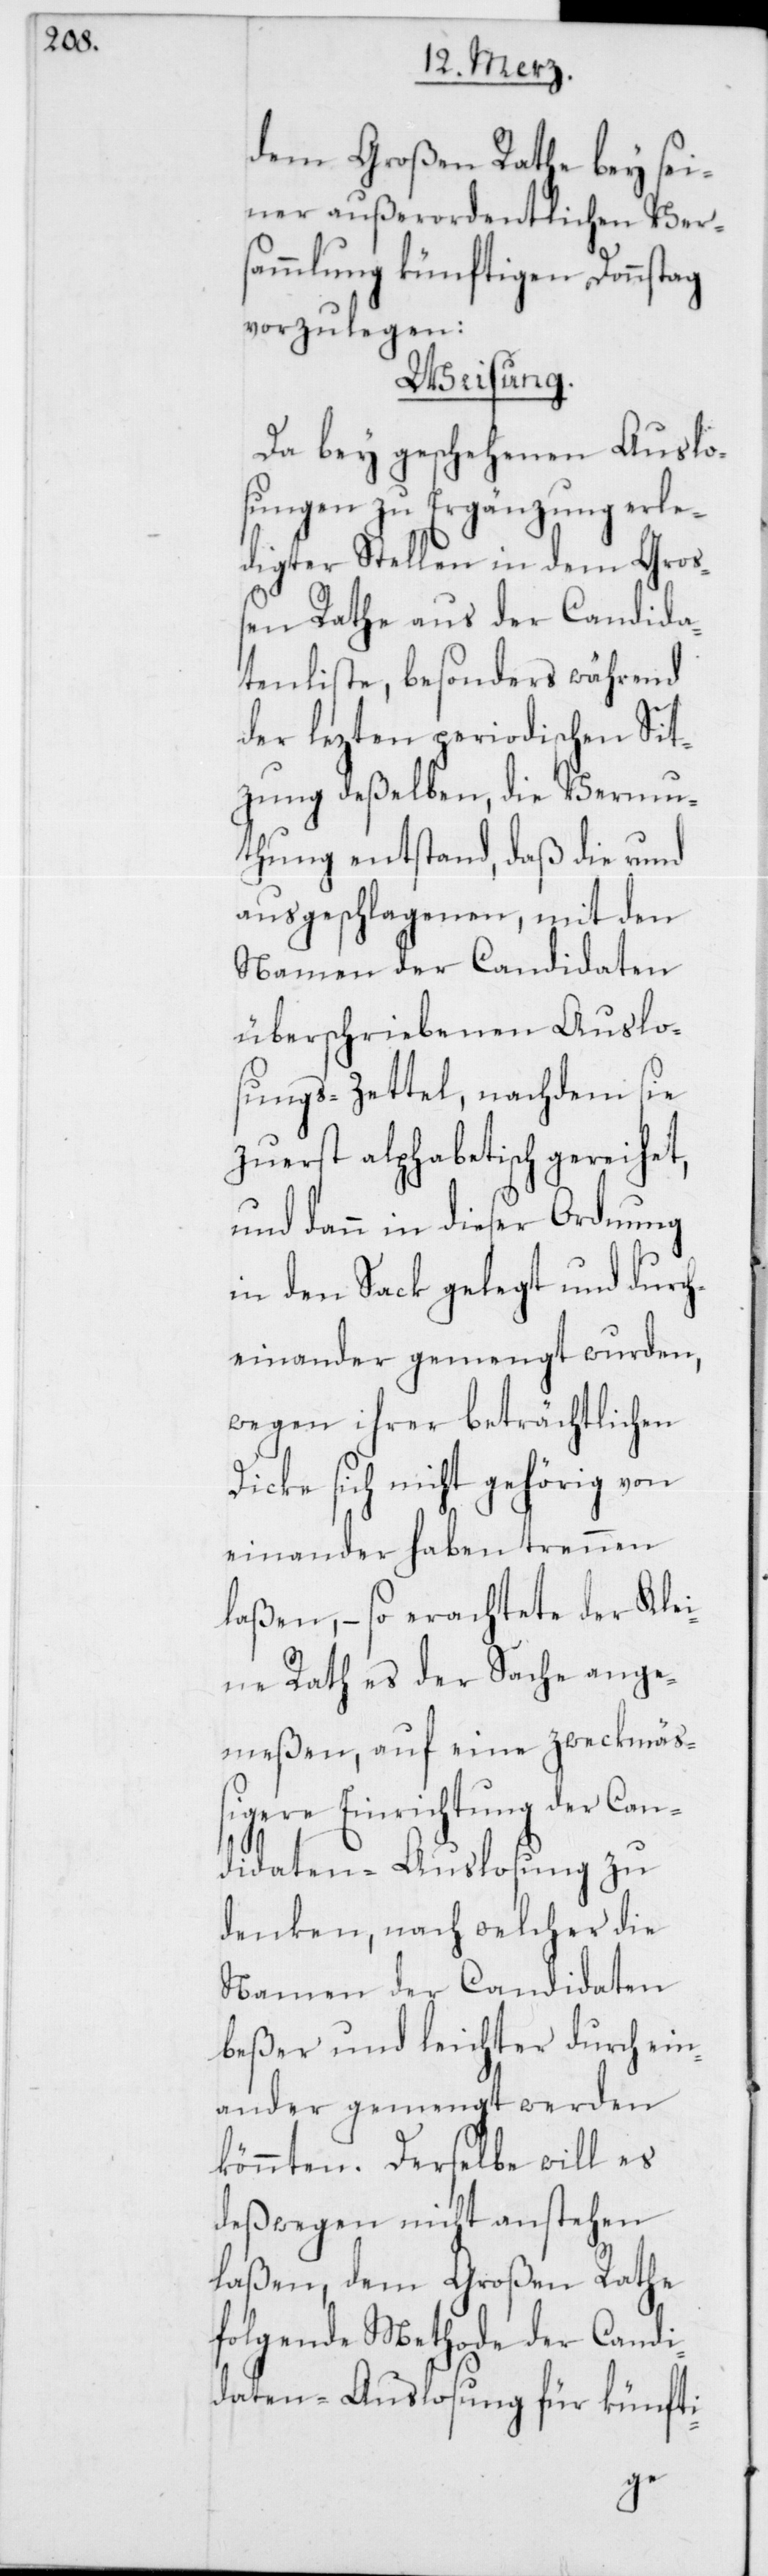
dem Großen Rathe bey sei¬
ner außerordentlichen Ver¬
sammlung künftigen Donnstag
vorzulegen:
Weisung.
Da bey geschehenen Auslo¬
sungen zu Ergänzung erle¬
digter Stellen in dem Groß¬
en Rathe aus der Candida¬
tenliste, besonders während
der lezten periodischen Sit¬
zung deßelben, die Vermu¬
thung entstand, daß die rund
ausgeschlagenen, mit den
Namen der Candidaten
überschriebenen Auslo¬
sungs-Zettel, nachdem sie
zuerst alphabetisch gereihet,
und dann in dieser Ordnung
in den Sack gelegt und durch¬
einander gemengt wurden,
wegen ihrer beträchtlichen
Dicke sich nicht gehörig von
einander haben trennen
laßen, – so erachtete der Klei¬
ne Rath es der Sache ange¬
meßen, auf eine zweckmäß¬
igere Einrichtung der Can¬
didaten-Auslosung zu
denken, nach welcher die
Namen der Candidaten,
beßer und leichter durch ein¬
ander gemengt werden
könnten. Derselbe will es
deßwegen nicht anstehen
laßen, dem Großen Rathe
folgende Methode der Candi¬
daten-Auslosung für künfti-